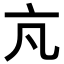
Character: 𪜠